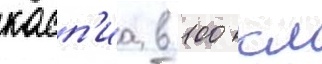
касп'иа в 100 км